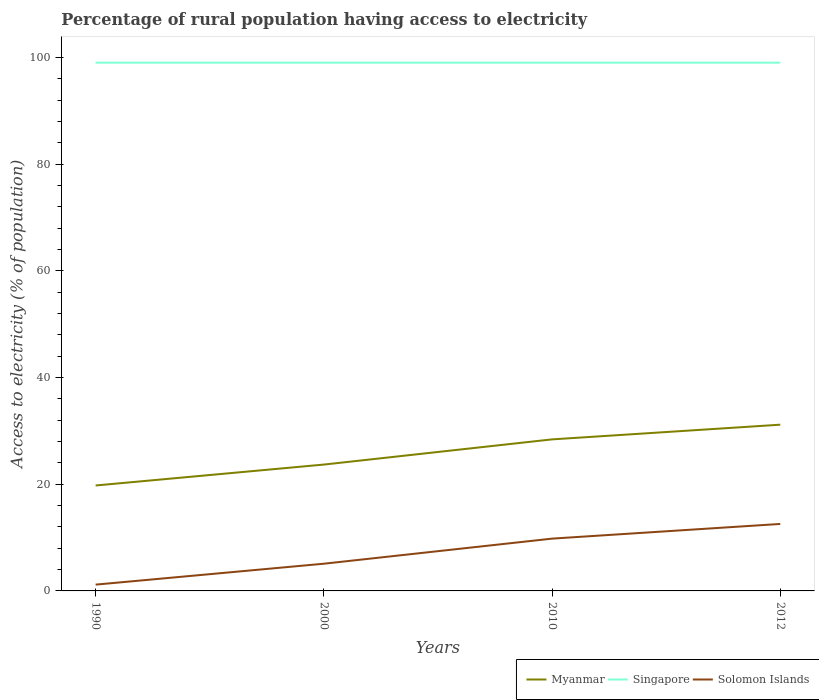
| Years | Myanmar | Singapore | Solomon Islands |
 | --- | --- | --- | --- |
 | 1990 | 19.8 | 99 | 1.18 |
 | 2000 | 23.7 | 99 | 5.1 |
 | 2010 | 28.4 | 99 | 9.8 |
 | 2012 | 31.2 | 99 | 12.6 |